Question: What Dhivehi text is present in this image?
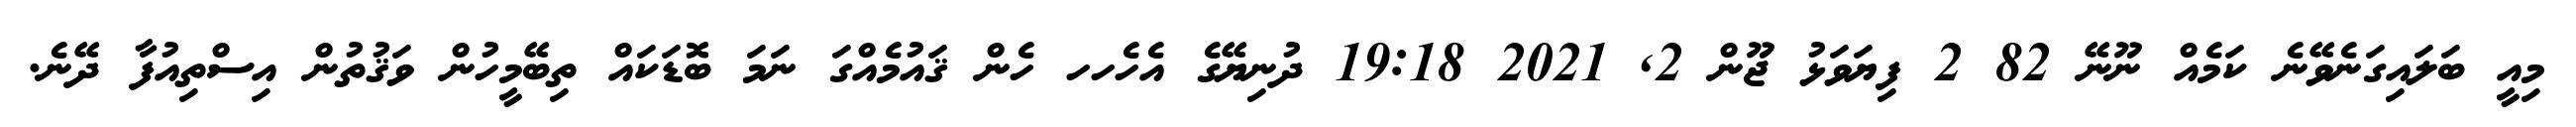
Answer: މިއީ ބަލައިގަނެވޭނެ ކަމެއް ނޫނޭ 82 2 ފިޔަވަޅު ޖޫން 2, 2021 19:18 ދުނިޔޭގެ އެހެހހ ހެން ޤައުމެއްގަ ނަމަ ބޮޑަކައް ތިބޭމީހުން ވަޤުތުން އިސްތިއުފާ ދޭނެ.